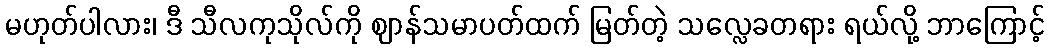
မဟုတ်ပါလား၊ ဒီ သီလကုသိုလ်ကို ဈာန်သမာပတ်ထက် မြတ်တဲ့ သလ္လေခတရား ရယ်လို့ ဘာကြောင့်